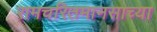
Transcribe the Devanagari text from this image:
रामचरितमानसाच्या